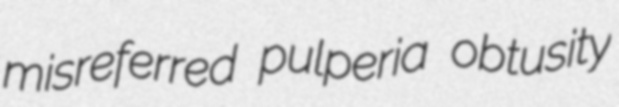
misreferred pulperia obtusity